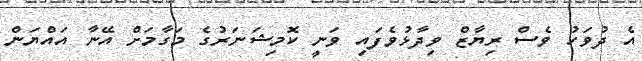
އެ ދުވަހު ވެސް ރިޔާޒް ވިދާޅުވެފައި ވަނީ ކޮމިޝަނަރުގެ މަގާމަށް އޭނާ އައްޔަން